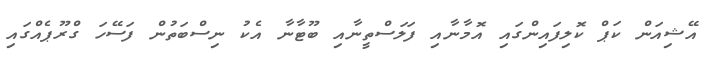
އޭޝިއަން ކަޕް ކޮލިފައިންގައި އޮމާނާއި ފަލަސްތީނާއި ބޫޓާނާ އެކު ނިސްބަތުން ފަސޭހަ ގްރޫޕެއްގައި